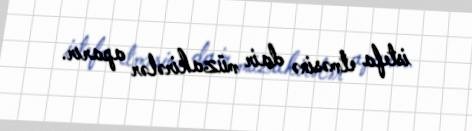
istefa etməsinə dair müzakirələr aparır.